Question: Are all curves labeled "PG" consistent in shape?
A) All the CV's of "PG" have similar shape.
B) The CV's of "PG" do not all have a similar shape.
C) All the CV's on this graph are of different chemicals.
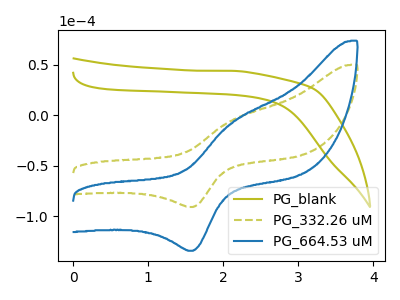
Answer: <think>The olive curve "PG_blank" has no peaks. The olive dashed curve "PG_332.26 uM" has an anodic peak at (2.15V, -4.75uA) and a cathodic peak at (1.60V, -90.95uA). The blue curve "PG_664.53 uM" has an anodic peak at (2.15V, -7.00uA) and a cathodic peak at (1.60V, -134.30uA).
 "PG_blank" and "PG_332.26 uM" have a different number of peaks. "PG_blank" and "PG_664.53 uM" have a different number of peaks. All the peaks in "PG_332.26 uM" have a peak in "PG_664.53 uM" at the same potential.</think>
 <answer>A) All the CV's of "PG" have similar shape.</answer>
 <eval>A</eval>